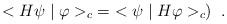
LaTeX: \begin{align*}<H\psi \mid \varphi>_{c}\; = \;<\psi \mid H\varphi>_{c}) \; \; .\end{align*}